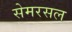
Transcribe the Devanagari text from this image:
सेमरसल